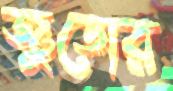
জুডোর